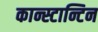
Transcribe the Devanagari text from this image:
कान्स्टान्टिन